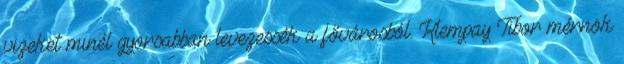
vizeket minél gyorsabban levezessék a fővárosból. Klempay Tibor mérnök